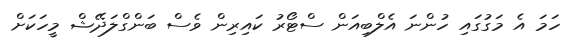
ހަމަ އެ މަގުގައި ހުންނަ އެލްބިއަން ސްޓޯރު ކައިރިން ވެސް ބަންގްލަދޭޝް މީހަކަށް